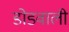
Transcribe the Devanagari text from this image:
डोडवाली